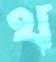
থ